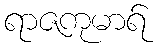
ရာဇကုမာရ်